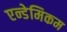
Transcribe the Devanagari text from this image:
एन्डेमिकम